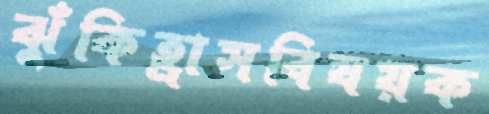
ঝুঁকিহ্রাসবিষয়ক